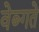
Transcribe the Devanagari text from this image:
वेब्गते